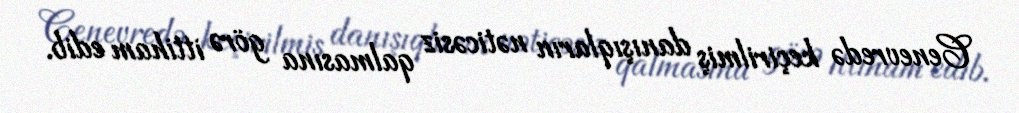
Cenevredə keçirilmiş danışıqların nəticəsiz qalmasına görə ittiham edib.